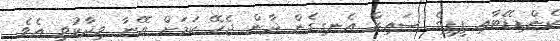
ކެންޑިޑޭޓާއި ޕީޕީގެ ސައިޒް އެނގިގެން ދާން ޖެހޭ ކަމަށް އޭނާ ވިދާޅުވި އެވެ.